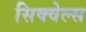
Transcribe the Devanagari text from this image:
सिक्वेल्स